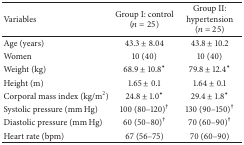
<table><thead><tr><td><b>Variables</b></td><td><b>Group I: control(<i>n</i> = 25)</b></td><td><b>Group II: hypertension(<i>n</i> = 25)</b></td></tr></thead><tbody><tr><td>Age (years) </td><td>43.3 ± 8.04</td><td>43.8 ± 10.2</td></tr><tr><td>Women </td><td>10 (40)</td><td>10 (40)</td></tr><tr><td>Weight (kg) </td><td>68.9 ± 10.8<sup><b>∗</b></sup></td><td>79.8 ± 12.4<sup><b>∗</b></sup></td></tr><tr><td>Height (m) </td><td>1.65 ± 0.1</td><td>1.64 ± 0.1</td></tr><tr><td>Corporal mass index (kg/m<sup>2</sup>)</td><td>24.8 ± 1.0<sup><b>∗</b></sup></td><td>29.4 ± 1.8<sup><b>∗</b></sup></td></tr><tr><td>Systolic pressure (mm Hg) </td><td>100 (80–120)<sup>†</sup></td><td>130 (90–150)<sup>†</sup></td></tr><tr><td>Diastolic pressure (mm Hg) </td><td>60 (50–80)<sup>†</sup></td><td>70 (60–90)<sup>†</sup></td></tr><tr><td>Heart rate (bpm) </td><td>67 (56–75)</td><td>70 (60–90)</td></tr></tbody></table>